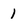
Character: 1